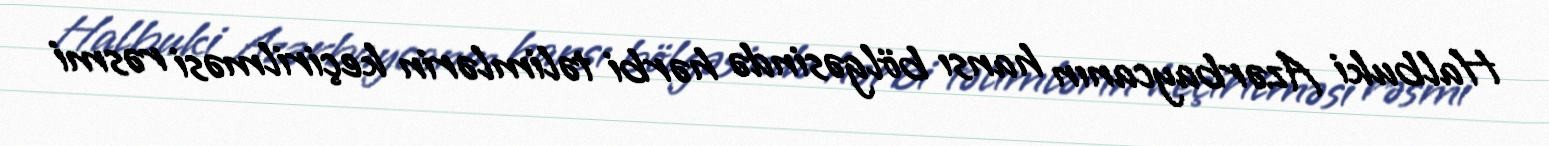
Halbuki Azərbaycanın hansı bölgəsində hərbi təlimlərin keçirilməsi rəsmi